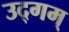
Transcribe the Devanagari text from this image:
उद्गम्